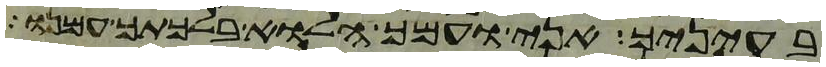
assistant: בעיניך אני ועמך הלוא בלכתך עמנו